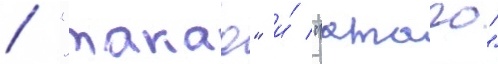
/ "такао" и́ "атаго"